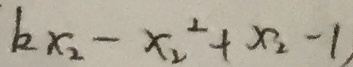
k x _ { 2 } - x _ { 2 } ^ { 2 } + x _ { 2 } - 1